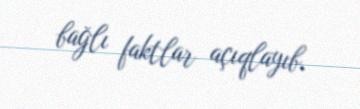
bağlı faktlar açıqlayıb.